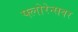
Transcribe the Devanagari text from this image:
फ्लोरेन्सवर